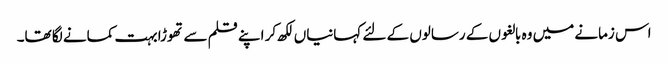
اس زمانے میں وہ بالغوں کے رسالوں کے لئے کہانیاں لکھ کر اپنے قلم سے تھوڑا بہت کمانے لگا تھا۔